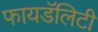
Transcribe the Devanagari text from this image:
फायडॅलिटी